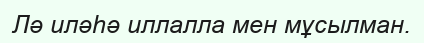
Лә иләһә иллалла мен мұсылман.